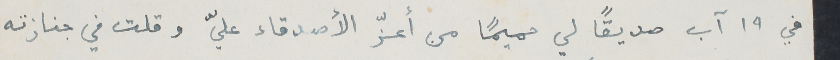
في ١٩ آب صديقاً لي حميماً من أعزّ الأصدقاء عليّ وقلت في جنازته